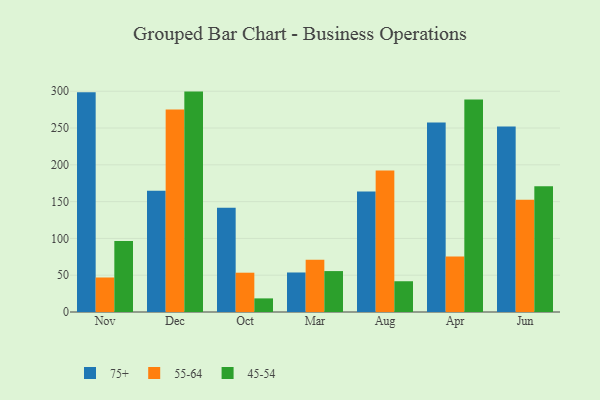
{"axis": {"x": "Month", "y": "Operating Costs (USD K)"}, "legend": ["45-54", "55-64", "75+"], "data": [{"x": "Nov", "y": 298.6, "type": "75+"}, {"x": "Nov", "y": 46.9, "type": "55-64"}, {"x": "Nov", "y": 96.5, "type": "45-54"}, {"x": "Dec", "y": 164.9, "type": "75+"}, {"x": "Dec", "y": 275.2, "type": "55-64"}, {"x": "Dec", "y": 299.5, "type": "45-54"}, {"x": "Oct", "y": 141.8, "type": "75+"}, {"x": "Oct", "y": 53.4, "type": "55-64"}, {"x": "Oct", "y": 18.5, "type": "45-54"}, {"x": "Mar", "y": 53.7, "type": "75+"}, {"x": "Mar", "y": 71.0, "type": "55-64"}, {"x": "Mar", "y": 55.6, "type": "45-54"}, {"x": "Aug", "y": 163.8, "type": "75+"}, {"x": "Aug", "y": 192.4, "type": "55-64"}, {"x": "Aug", "y": 41.8, "type": "45-54"}, {"x": "Apr", "y": 257.5, "type": "75+"}, {"x": "Apr", "y": 75.4, "type": "55-64"}, {"x": "Apr", "y": 288.7, "type": "45-54"}, {"x": "Jun", "y": 252.0, "type": "75+"}, {"x": "Jun", "y": 152.4, "type": "55-64"}, {"x": "Jun", "y": 170.9, "type": "45-54"}]}